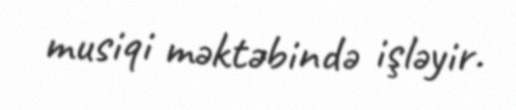
musiqi məktəbində işləyir.